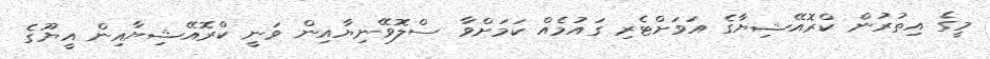
މީގެ އިތުރުން ކްރޮއޭޝިޔާގެ އަވަށްޓެރި ގައުމެއް ކަމަށްވާ ސްލޮވޭނިޔާއިން ވަނީ ކްރޮއޭޝިޔާއިން އީޔޫގެ